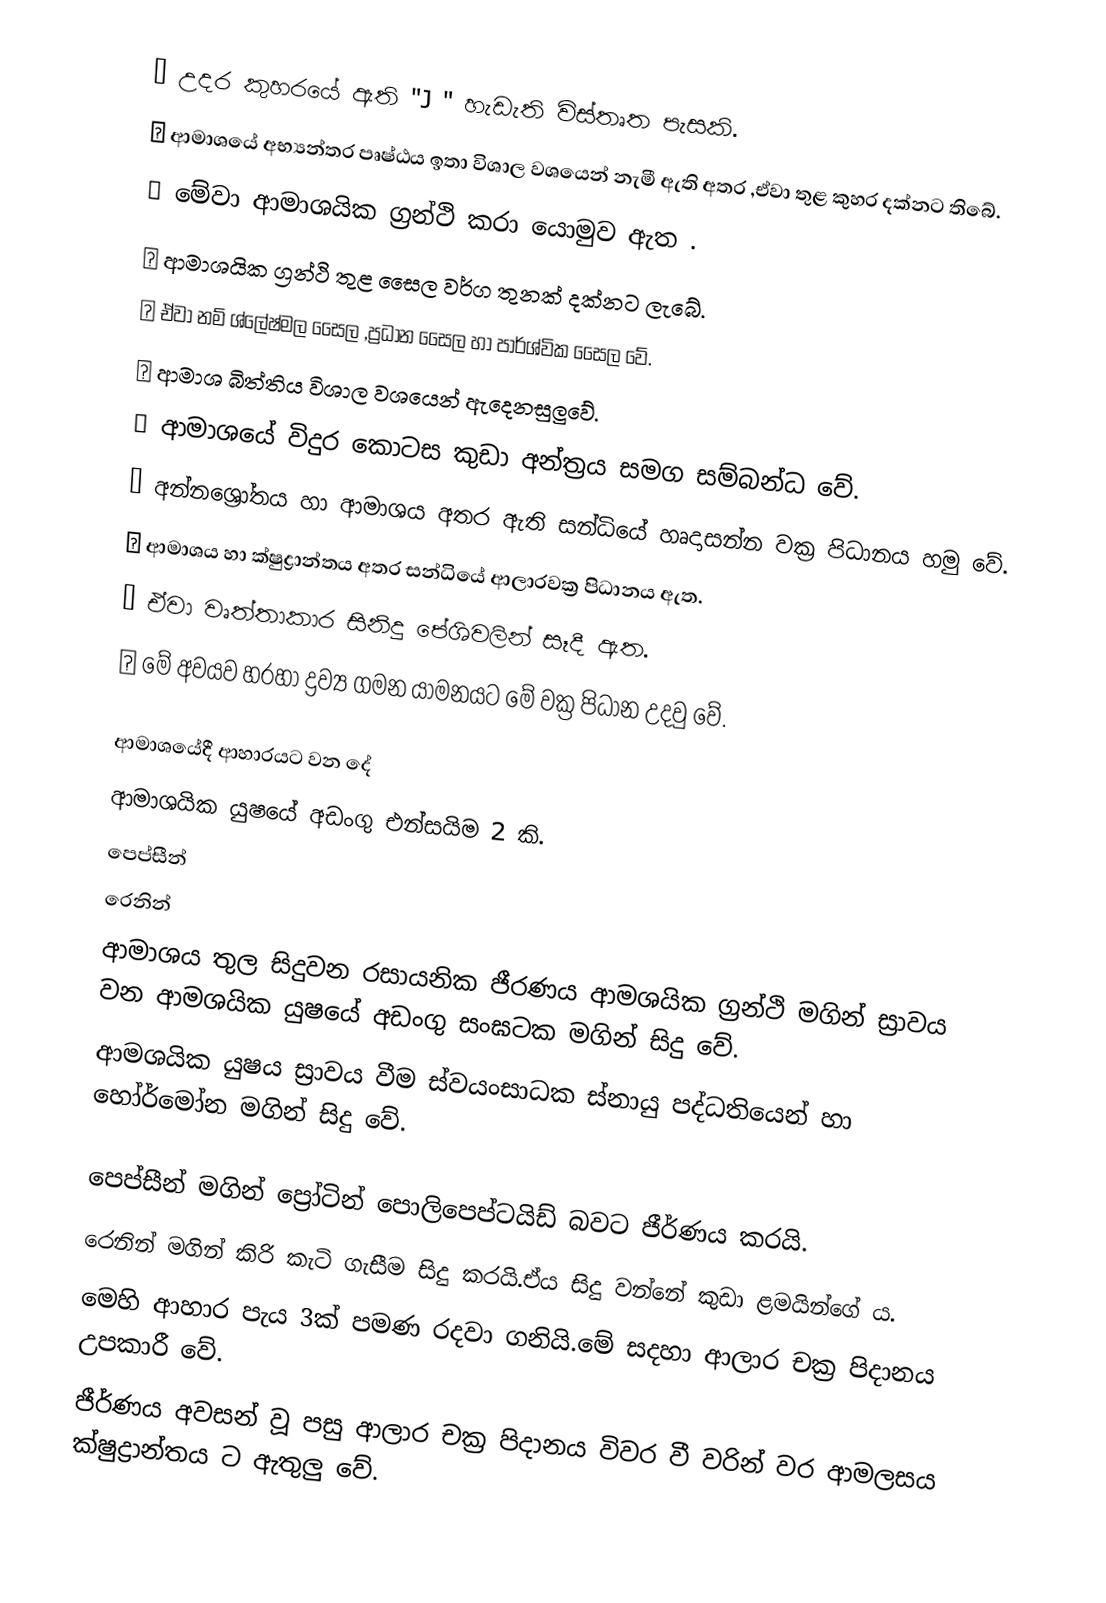
★ උදර කුහරයේ ඇති "J " හැඩැති විස්තෘත පැසකි.
★ ආමාශයේ අභ්‍යන්තර පෘෂ්ඨය ඉතා විශාල වශයෙන් නැමී ඇති අතර ,ඒවා තුළ කුහර දක්නට තිබේ.
★ මේවා ආමාශයික ග්‍රන්ථි කරා යොමුව ඇත .
★ ආමාශයික ග්‍රන්ථි තුළ සෛල වර්ග තුනක් දක්නට ලැබේ.
★ ඒවා නම් ශ්ලේෂ්මල සෛල ,ප්‍රධාන සෛල හා පාර්ශ්වික සෛල වේ.
★ ආමාශ බිත්තිය විශාල වශයෙන් ඇදෙනසුලුවේ.
★ ආමාශයේ විදුර කොටස කුඩා අන්ත්‍රය සමග සම්බන්ධ වේ.
★ අන්නශ්‍රෝතය හා ආමාශය අතර ඇති සන්ධියේ හෘදාසන්න වක්‍ර පිධානය හමු වේ.
★ ආමාශය හා  ක්ෂුද්‍රාන්තය අතර සන්ධියේ ආලාරවක්‍ර පිධානය ඇත.
★ ඒවා වෘත්තාකාර සිනිදු පේශිවලින් සෑදී ඇත.
★ මේ අවයව හරහා ද්‍රව්‍ය ගමන යාමනයට  මේ  වක්‍ර පිධාන  උදවු වේ.

ආමාශයේදී ආහාරයට වන දේ
ආමාශයික යුෂයේ අඩංගු එන්සයිම 2 කි.
 පෙප්සීන්
 රෙනින්
ආමාශය තුල සිදුවන රසායනික ජීරණය ආමශයික ග්‍රන්ථි මගින් ස්‍රාවය වන ආමශයික යුෂයේ අඩංගු සංඝටක මගින් සිදු වේ.
ආමශයික යුෂය ස්‍රාවය වීම ස්වයංසාධක ස්නායු පද්ධතියෙන් හා හෝර්මෝන මගින් සිදු වේ.

පෙප්සීන් මගින් ප්‍රෝටින් පොලිපෙප්ටයිඩ් බවට ජීර්ණය කරයි.
රෙනින් මගින් කිරි කැටි ගැසීම සිදු කරයි.ඒය සිදු වන්නේ කුඩා ළමයින්ගේ ය.
මෙහි ආහාර පැය 3ක් පමණ රදවා ගනියි.මේ සදහා ආලාර චක්‍ර පිදානය උපකාරී වේ.
ජීර්ණය අවසන් වූ පසු ආලාර චක්‍ර පිදානය විවර වී වරින් වර ආමලසය ක්ෂුද්‍රාන්තය ට ඇතුලු වේ.